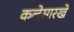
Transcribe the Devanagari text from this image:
कलेसारखे